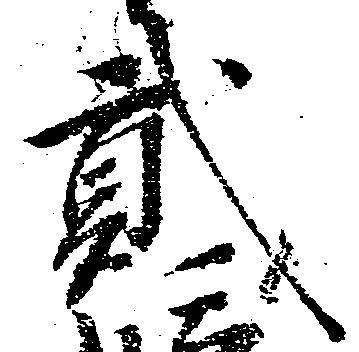
弐